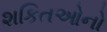
શકિતઓનો